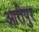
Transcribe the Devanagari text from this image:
आरीपुर